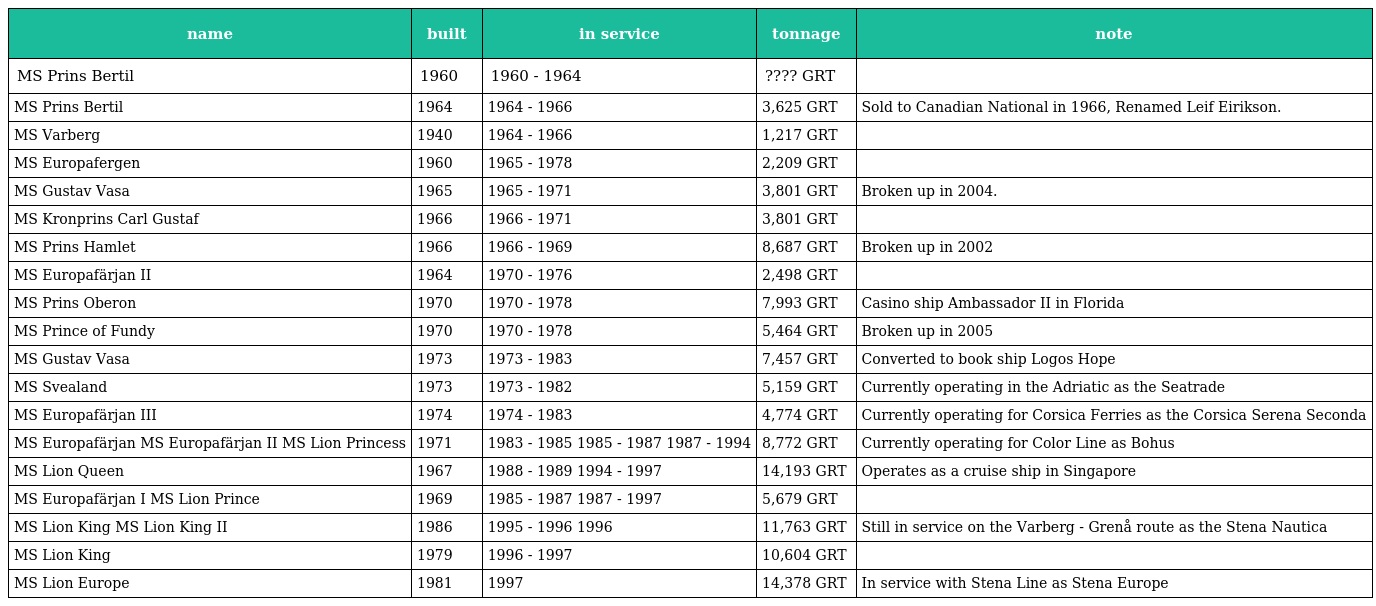
| name | built | in service | tonnage | note |
 | --- | --- | --- | --- | --- |
 | MS Prins Bertil | 1960 | 1960 - 1964 | ???? GRT |  |
 | MS Prins Bertil | 1964 | 1964 - 1966 | 3,625 GRT | Sold to Canadian National in 1966, Renamed Leif Eirikson. |
 | MS Varberg | 1940 | 1964 - 1966 | 1,217 GRT |  |
 | MS Europafergen | 1960 | 1965 - 1978 | 2,209 GRT |  |
 | MS Gustav Vasa | 1965 | 1965 - 1971 | 3,801 GRT | Broken up in 2004. |
 | MS Kronprins Carl Gustaf | 1966 | 1966 - 1971 | 3,801 GRT |  |
 | MS Prins Hamlet | 1966 | 1966 - 1969 | 8,687 GRT | Broken up in 2002 |
 | MS Europafärjan II | 1964 | 1970 - 1976 | 2,498 GRT |  |
 | MS Prins Oberon | 1970 | 1970 - 1978 | 7,993 GRT | Casino ship Ambassador II in Florida |
 | MS Prince of Fundy | 1970 | 1970 - 1978 | 5,464 GRT | Broken up in 2005 |
 | MS Gustav Vasa | 1973 | 1973 - 1983 | 7,457 GRT | Converted to book ship Logos Hope |
 | MS Svealand | 1973 | 1973 - 1982 | 5,159 GRT | Currently operating in the Adriatic as the Seatrade |
 | MS Europafärjan III | 1974 | 1974 - 1983 | 4,774 GRT | Currently operating for Corsica Ferries as the Corsica Serena Seconda |
 | MS Europafärjan MS Europafärjan II MS Lion Princess | 1971 | 1983 - 1985 1985 - 1987 1987 - 1994 | 8,772 GRT | Currently operating for Color Line as Bohus |
 | MS Lion Queen | 1967 | 1988 - 1989 1994 - 1997 | 14,193 GRT | Operates as a cruise ship in Singapore |
 | MS Europafärjan I MS Lion Prince | 1969 | 1985 - 1987 1987 - 1997 | 5,679 GRT |  |
 | MS Lion King MS Lion King II | 1986 | 1995 - 1996 1996 | 11,763 GRT | Still in service on the Varberg - Grenå route as the Stena Nautica |
 | MS Lion King | 1979 | 1996 - 1997 | 10,604 GRT |  |
 | MS Lion Europe | 1981 | 1997 | 14,378 GRT | In service with Stena Line as Stena Europe |